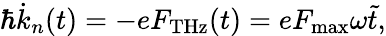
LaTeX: \begin{array}{r}{\hbar\dot{k}_{n}(t)=-eF_{\mathrm{THz}}(t)=eF_{\mathrm{max}}\omega\tilde{t},}\end{array}